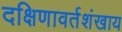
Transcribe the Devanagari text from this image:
दक्षिणावर्तशंखाय